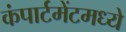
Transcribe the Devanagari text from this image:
कंपार्टमेंटमध्ये